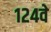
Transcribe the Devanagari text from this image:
१२४वे